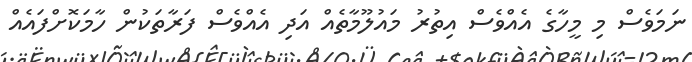
ނަމަވެސް މި މީހާގެ އެއްވެސް އިތުރު މައުލޫމާތެއް އަދި އެއްވެސް ފަރާތަކުން ހާމަކޮށްފައެއް